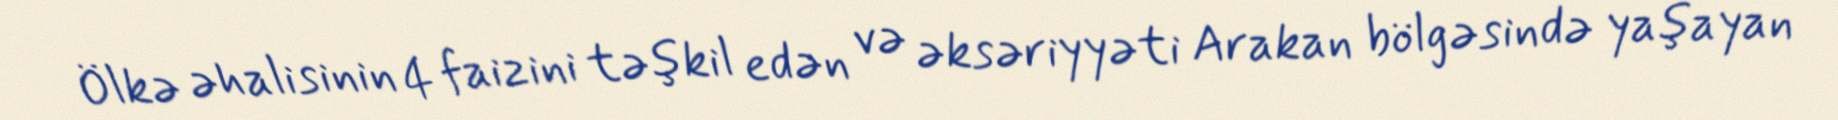
Ölkə əhalisinin 4 faizini təşkil edən və əksəriyyəti Arakan bölgəsində yaşayan